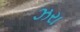
ઝરા